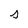
Character: s